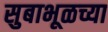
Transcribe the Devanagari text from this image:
सुबाभूळच्या